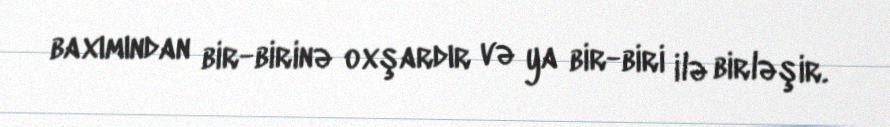
baxımından bir-birinə oxşardır və ya bir-biri ilə birləşir.